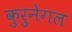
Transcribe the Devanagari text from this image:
कुरुनेगल